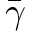
\bar { \gamma }